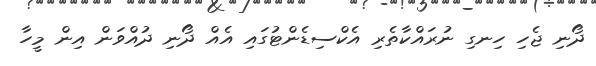
ދޯނި ޖެހި ހިނގި ނުރައްކާތެރި އެކްސިޑެންޓުގައި އެއް ދޯނި ދުއްވަން އިން މީހާ